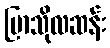
ပြာသိုလဆန်း